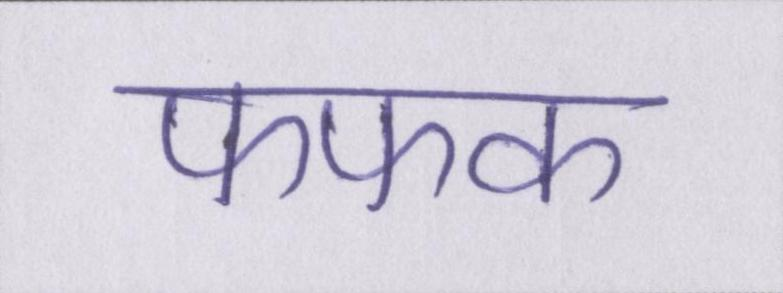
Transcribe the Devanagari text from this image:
फफक